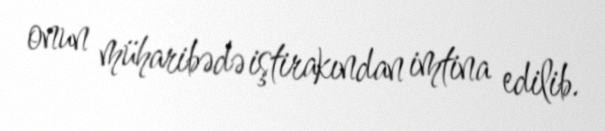
onun müharibədə iştirakından imtina edilib.